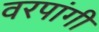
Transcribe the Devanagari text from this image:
वरपांगी